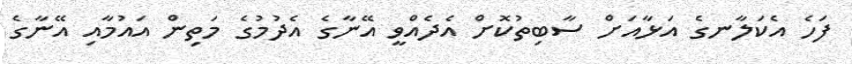
ފަހެ އެކަލާނގެ އަޅާއަށް ސާބިތުކޮށް އެދެއްވީ އޭނާގެ އެދުމުގެ މަތިން އައުމާއި އޭނާގެ